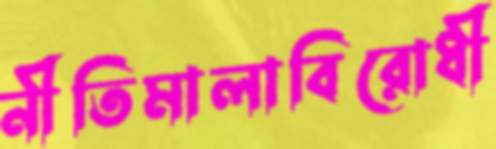
নীতিমালাবিরোধী